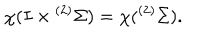
\chi ( I \times { } ^ { ( 2 ) } \Sigma ) = \chi ( { } ^ { ( 2 ) } \Sigma ) .